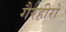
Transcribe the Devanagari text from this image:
गैरहीरो